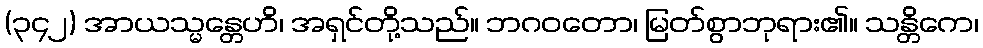
(၃၄၂) အာယသ္မန္တေဟိ၊ အရှင်တို့သည်။ ဘဂဝတော၊ မြတ်စွာဘုရား၏။ သန္တိကေ၊